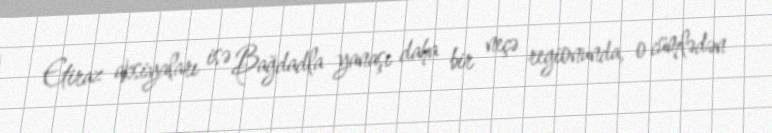
Etiraz aksiyaları isə Bağdadla yanaşı daha bir neçə regionunda, o cümlədən